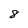
Character: 8